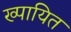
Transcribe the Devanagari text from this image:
ख्पायित